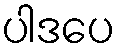
ပါဒပေ